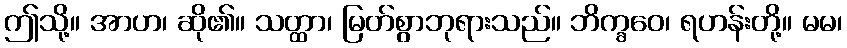
ဤသို့။ အာဟ၊ ဆို၏။ သတ္ထာ၊ မြတ်စွာဘုရားသည်။ ဘိက္ခဝေ၊ ရဟန်းတို့။ မမ၊